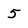
Character: 5